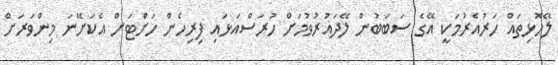
ލޭހޮޅިތައް ހަރުއެރުމަކީ އޭގެ ސަބަބުން ލޭދައުރުވުމަށް ހުރަސްއަޅައި ފިރިހެން ހަށްޓަށް އެކަށޭނަ މިންވަރަށް